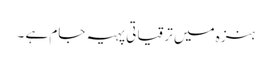
ہنزہ میں ترقیاتی پہیہ جام ہے ۔